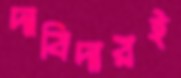
দাবিদারই